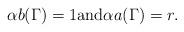
LaTeX: \begin{align*}\alpha b(\Gamma)=1 {\rm and} \alpha a(\Gamma)=r.\end{align*}